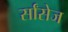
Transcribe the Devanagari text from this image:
र्सांसेज